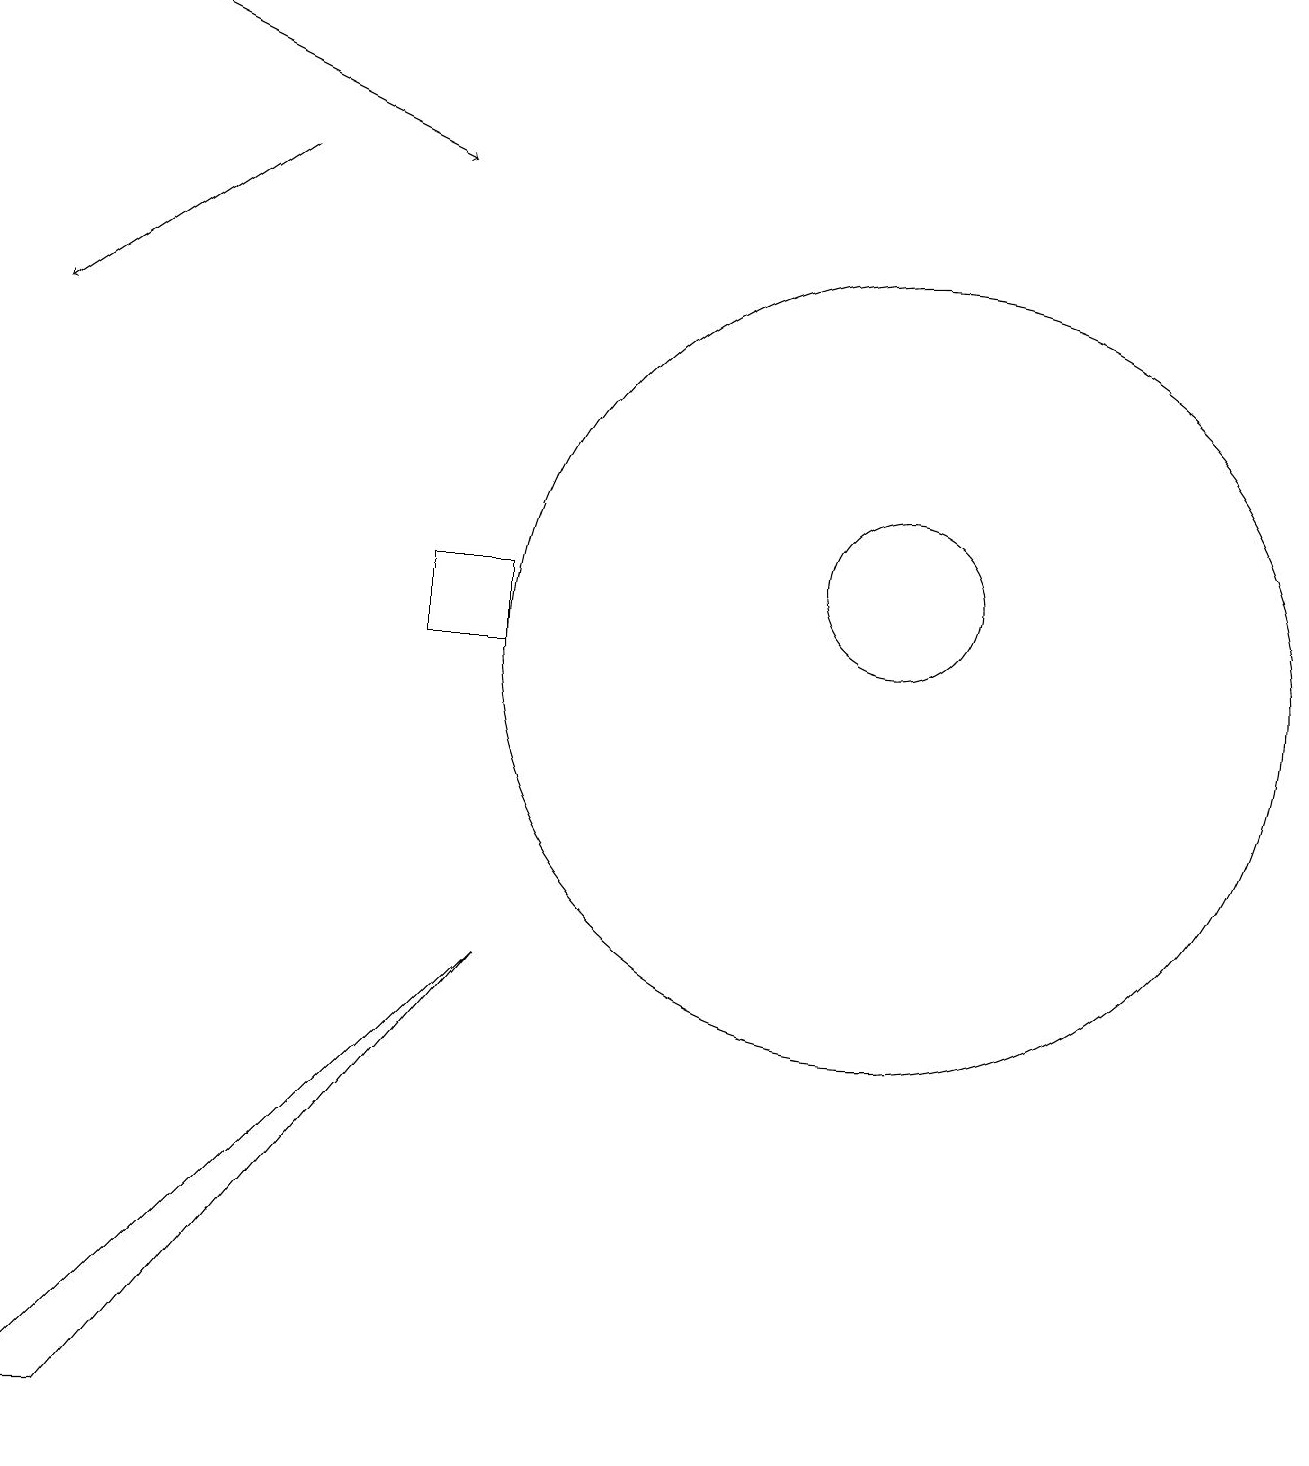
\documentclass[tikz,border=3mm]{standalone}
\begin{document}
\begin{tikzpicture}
\draw[->] (1,19) -- (5,17);
\draw (6,11) rectangle (5,12);
\draw (11,12) circle (1);
\draw (0,1) -- (1,1) -- (6,7) -- cycle;
\draw (11,11) circle (5);
\draw[->] (3,17) -- (0,15);
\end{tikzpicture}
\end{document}